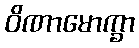
ဝိဏာမောက္ခာ